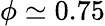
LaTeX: \phi\simeq 0.75